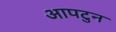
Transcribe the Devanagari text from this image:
आपटुन